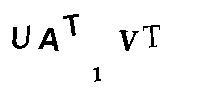
UAT1VT